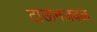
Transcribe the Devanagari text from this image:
टाऊनजवळ